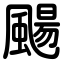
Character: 颺